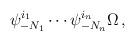
LaTeX: \begin{align*}\psi_{-N_1}^{i_1} \cdots \psi_{-N_n}^{i_n} \Omega\,,\end{align*}